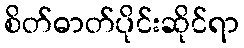
စိတ်ဓာတ်ပိုင်းဆိုင်ရာ